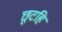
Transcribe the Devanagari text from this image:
छूटहि